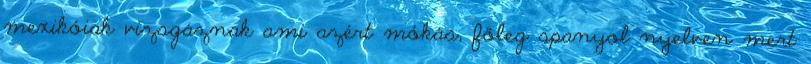
mexikóiak vizsgáznak ami azért mókás, főleg spanyol nyelven mert